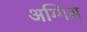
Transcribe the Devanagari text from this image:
अग्गिस